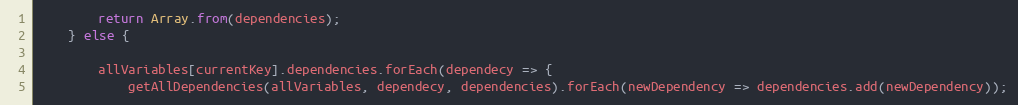
Language: JavaScript
        return Array.from(dependencies);
    } else {

        allVariables[currentKey].dependencies.forEach(dependecy => {
            getAllDependencies(allVariables, dependecy, dependencies).forEach(newDependency => dependencies.add(newDependency));